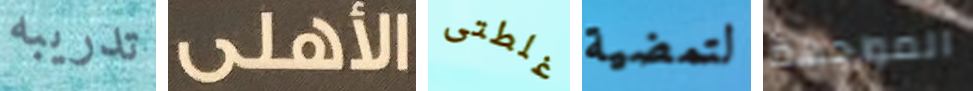
تدريبه الأهلى غلطتى لتمضية المواجهة